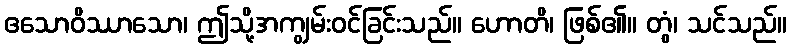
ဧသောဝိဿာသော၊ ဤသို့အကျွမ်းဝင်ခြင်းသည်။ ဟောတိ၊ ဖြစ်၏။ တွံ၊ သင်သည်။